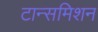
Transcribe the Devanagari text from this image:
टान्समिशन